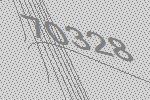
70328